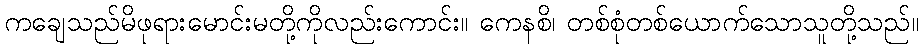
ကချေသည်မိဖုရားမောင်းမတို့ကိုလည်းကောင်း။ ကေနစိ၊ တစ်စုံတစ်ယောက်သောသူတို့သည်။